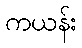
ကယန်း